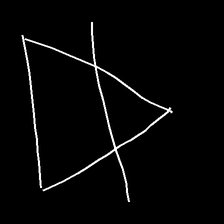
Glyph: empower